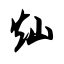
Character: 灿